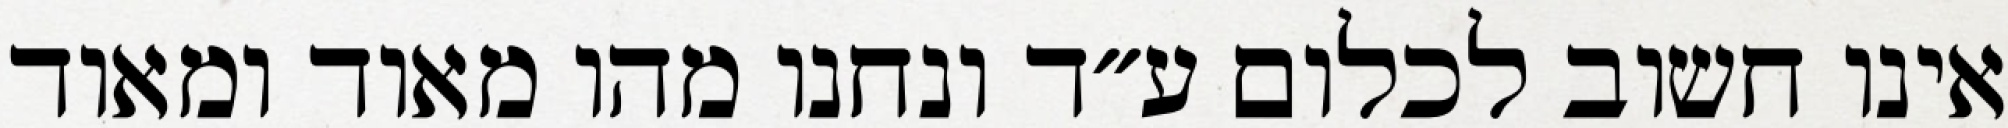
אינו חשוב לכלום ע״ד ונחנו מהו מאוד ומאוד